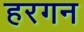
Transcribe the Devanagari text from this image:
हरगन